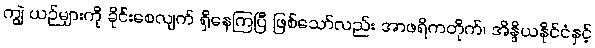
ကျွဲ ယဉ်များကို ခိုင်းစေလျက် ရှိနေကြပြီ ဖြစ်သော်လည်း အာဖရိကတိုက်၊ အိန္ဒိယနိုင်ငံနှင့်